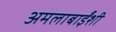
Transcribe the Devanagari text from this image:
अमलाबाईंशी